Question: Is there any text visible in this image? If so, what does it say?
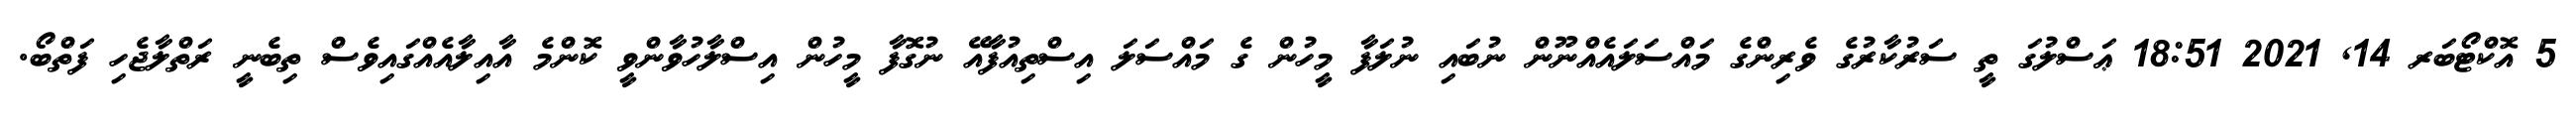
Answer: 5 އޮކްޓޯބަރ 14, 2021 18:51 ޢަސްލުގަ ތީ ސަރުކާރުގެ ވެރިންގެ މައްސަލައެއްނޫން ނުބައި ނުލަފާ މީހުން ގެ މައްސަލަ އިސްތިއުފާއޭ ނުގޮފާ މީހުން އިސްލާހުވާންވީ ކޮންމެ އާއިލާއެއްގައިވެސް ތިބެނީ ރަތްލާޖެހި ފަތްބޯ.